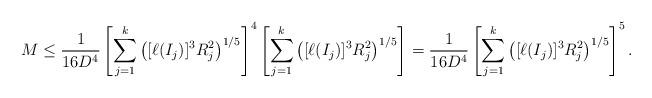
LaTeX: \begin{align*}M\le\frac{1}{16D^4}\left[\sum_{j=1}^k\left([\ell(I_j)]^3R_j^2\right)^{1/5}\right]^{4}\left[\sum_{j=1}^k\left([\ell(I_j)]^3R_j^2\right)^{1/5}\right]=\frac{1}{16D^4}\left[\sum_{j=1}^k\left([\ell(I_j)]^3R_j^2\right)^{1/5}\right]^5.\end{align*}